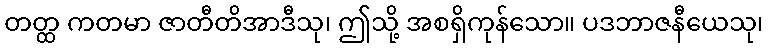
တတ္ထ ကတမာ ဇာတီတိအာဒီသု၊ ဤသို့ အစရှိကုန်သော။ ပဒဘာဇနီယေသု၊